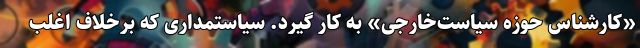
«کارشناس حوزه سیاست‌خارجی» به کار گیرد. سیاستمداری که برخلاف اغلب